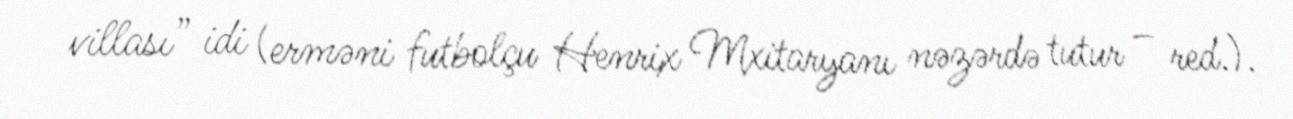
villası” idi (erməni futbolçu Henrix Mxitaryanı nəzərdə tutur – red.).